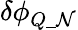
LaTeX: \delta\phi_{Q\_ \mathcal{N}}